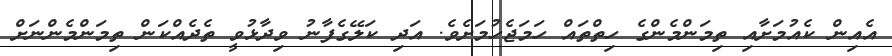
އެއިން ކެއުމަށާއި ތިމަންމެންގެ ހިތްތައް ހަމަޖެހުމަށެވެ. އަދި ކަލޭގެފާނު ވިދާޅުވީ ތެދެއްކަން ތިމަންމެންނަށް